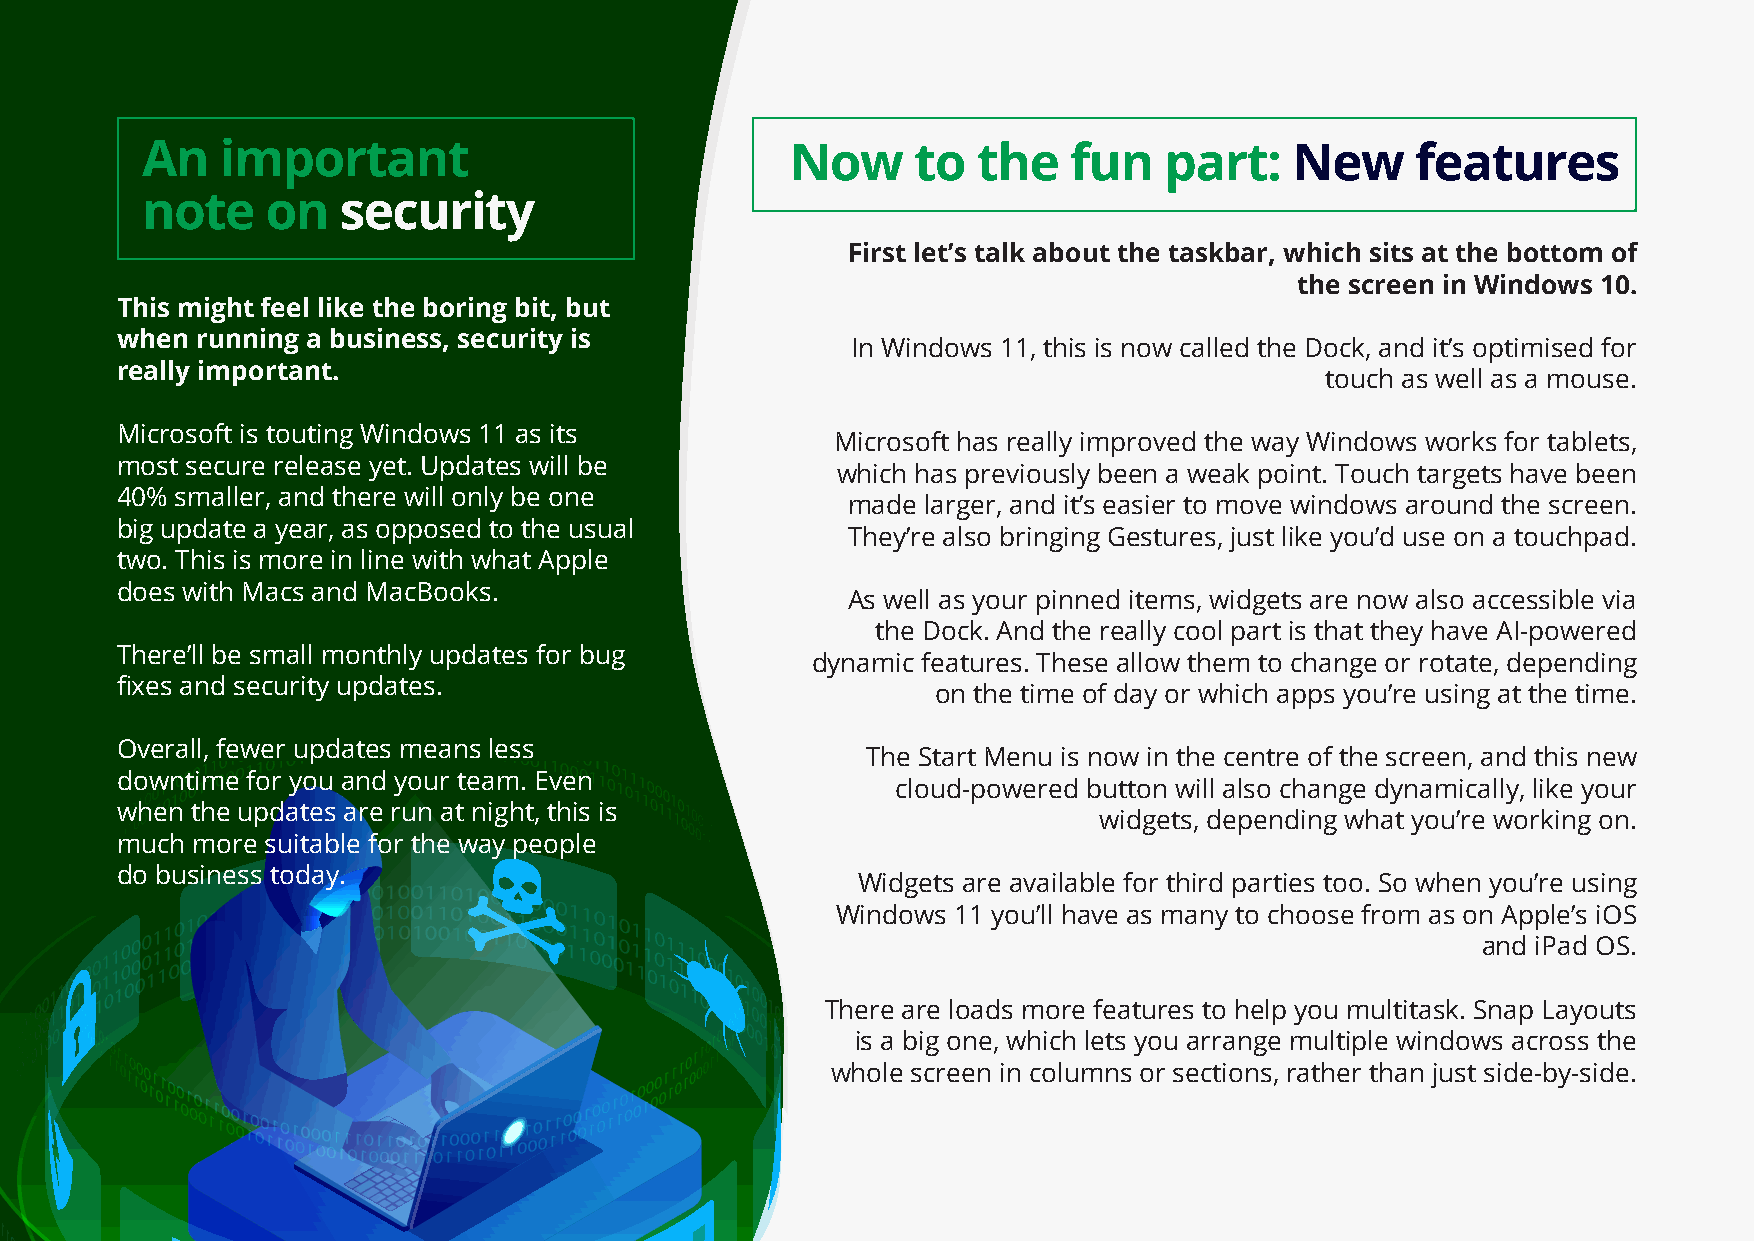
An    important                            Now      to  the   fun   part:    New     features
 note     on  security
 First let’s talk about the taskbar, which sits at the bottom of
 the screen in Windows 10.
 This might feel like the boring bit, but
 when running a business, security is
 In Windows 11, this is now called the Dock, and it’s optimised for
 really important.
 touch as well as a mouse.
 Microsoft is touting Windows 11 as its
 Microsoft has really improved the way Windows works for tablets,
 most secure release yet. Updates will be
 which has previously been a weak point. Touch targets have been
 40% smaller, and there will only be one
 made larger, and it’s easier to move windows around the screen.
 big update a year, as opposed to the usual
 They’re also bringing Gestures, just like you’d use on a touchpad.
 two. This is more in line with what Apple
 does with Macs and MacBooks.
 As well as your pinned items, widgets are now also accessible via
 the Dock. And the really cool part is that they have AI-powered
 There’ll be small monthly updates for bug
 dynamic features. These allow them to change or rotate, depending
 fixes and security updates.
 on the time of day or which apps you’re using at the time.
 Overall, fewer updates means less
 The Start Menu is now in the centre of the screen, and this new
 downtime for you and your team. Even
 cloud-powered button will also change dynamically, like your
 when the updates are run at night, this is
 widgets, depending what you’re working on.
 much more suitable for the way people
 do business today.
 Widgets are available for third parties too. So when you’re using
 Windows 11 you’ll have as many to choose from as on Apple’s iOS
 and iPad OS.
 There are loads more features to help you multitask. Snap Layouts
 is a big one, which lets you arrange multiple windows across the
 whole screen in columns or sections, rather than just side-by-side.